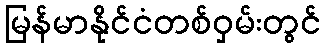
မြန်မာနိုင်ငံတစ်ဝှမ်းတွင်